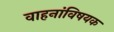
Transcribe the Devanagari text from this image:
वाहनांविषयक